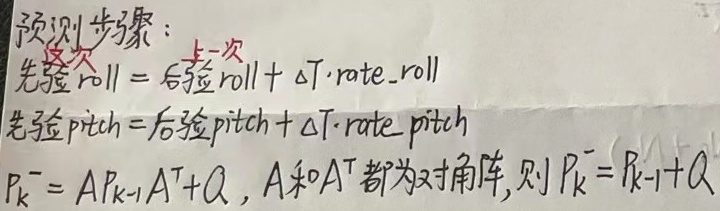
预测步骤：先验 roll = 后验 roll + \(\Delta T\cdot\text{rate\_roll}\)，先验 pitch = 后验 pitch + \(\Delta T\cdot\text{rate\_pitch}\)。

\(P_{k}^{-}=AP_{k - 1}A^{T}+Q\)，A和\(A^{T}\)都为对角阵，则\(P_{k}^{-}=P_{k - 1}+Q\)